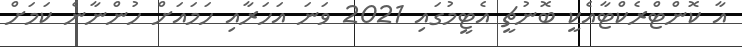
އާ ކޮންޓްރެކްޓާއެކީ ބޮނުޗީ އެޓީމުގައި 2021 ވަނަ އަހަރާއި ހަމައަށް ހުންނާނެ ކަމަށް